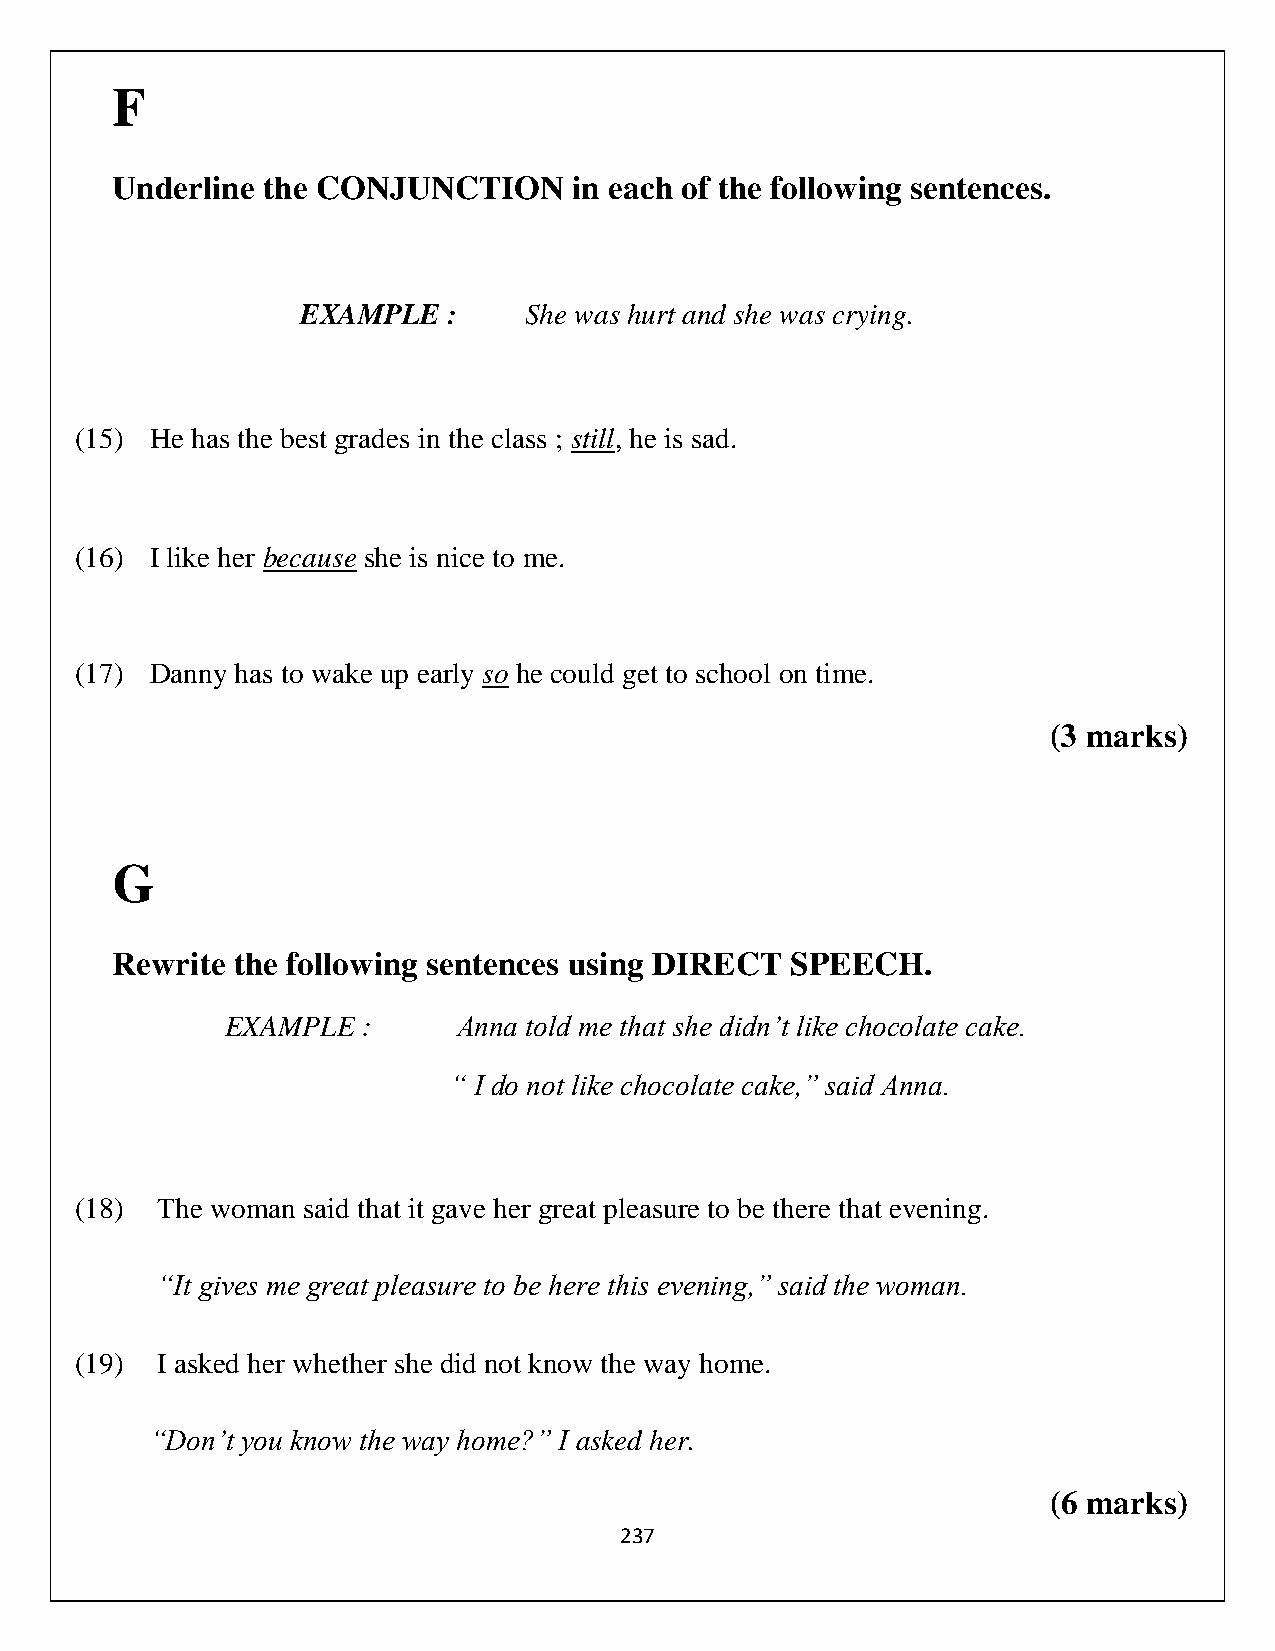
F
 Underline the CONJUNCTION      in each of the following sentences.
 EXAMPLE   :    She was hurt and she was crying.
 (15) He has the best grades in the class ; still, he is sad.
 (16) I like her because she is nice to me.
 (17) Danny has to wake up early so he could get to school on time.
 (3 marks)
 G
 Rewrite the following sentences using DIRECT SPEECH.
 EXAMPLE  :     Anna told me that she didn’t like chocolate cake.
 “ I do not like chocolate cake,” said Anna.
 (18) The woman said that it gave her great pleasure to be there that evening.
 “It gives me great pleasure to be here this evening,” said the woman.
 (19) I asked her whether she did not know the way home.
 “Don’t you know the way home?” I asked her.
 (6 marks)
 237